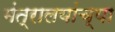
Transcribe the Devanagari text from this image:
मंत्रालयांच्या